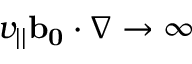
v _ { | | } \mathbf { b _ { 0 } } \cdot \nabla \to \infty